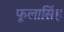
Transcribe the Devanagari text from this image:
फूलासिंह